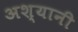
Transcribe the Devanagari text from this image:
अश्यानी